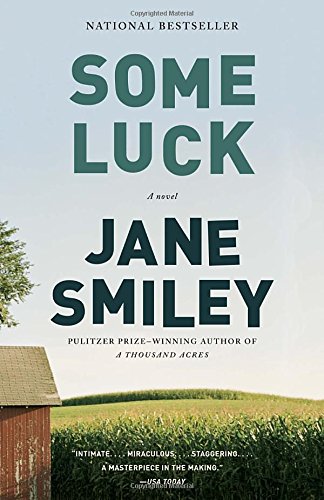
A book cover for Some Luck; Jane Smiley; Literature & Fiction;